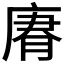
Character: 𢉼